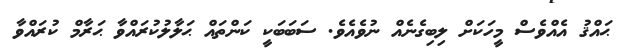
ޙައްޤު އެއްވެސް މީހަކަށް ލިބިގެނެއް ނުވެއެވެ. ސަބަބަކީ ކަންތައް ޙަލާލުކުރައްވާ ޙަރާމް ކުރައްވާ